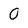
Character: O